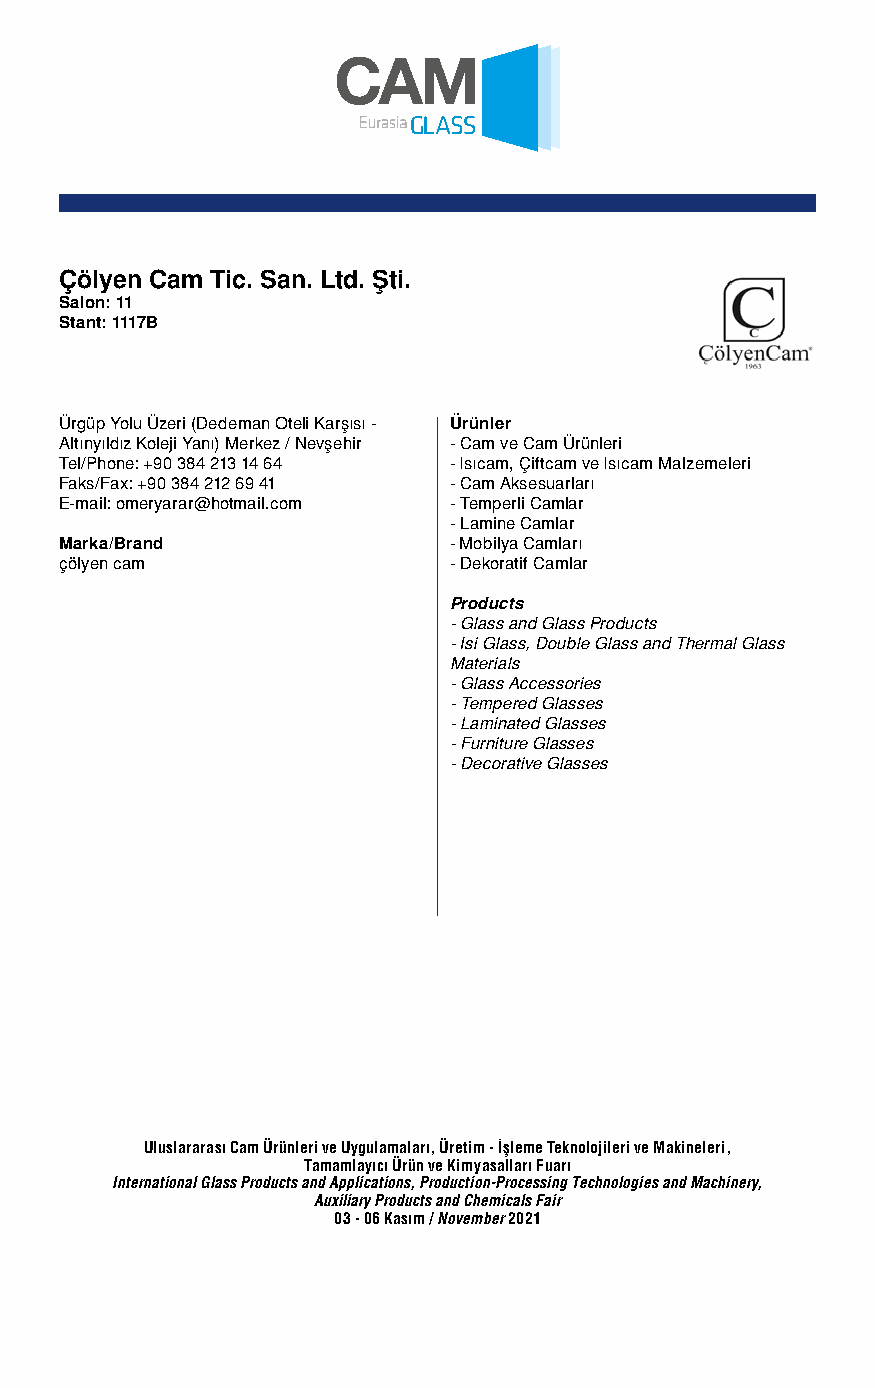
Çölyen Cam Tic. San. Ltd. Şti.
 Salon: 11
 Stant: 1117B
 Ürgüp Yolu Üzeri (Dedeman Oteli Karşısı - Ürünler
 Altınyıldız Koleji Yanı) Merkez / Nevşehir - Cam ve Cam Ürünleri
 Tel/Phone: +90 384 213 14 64 - Isıcam, Çiftcam ve Isıcam Malzemeleri
 Faks/Fax: +90 384 212 69 41 - Cam Aksesuarları
 E-mail: omeryarar@hotmail.com - Temperli Camlar
 - Lamine Camlar
 Marka/Brand               - Mobilya Camları
 çölyen cam                - Dekoratif Camlar
 Products
 - Glass and Glass Products
 - Isi Glass, Double Glass and Thermal Glass
 Materials
 - Glass Accessories
 - Tempered Glasses
 - Laminated Glasses
 - Furniture Glasses
 - Decorative Glasses
 Uluslararası Cam Ürünleri ve Uygulamaları, Üretim - İşleme Teknolojileri ve Makineleri,
 Tamamlayıcı Ürün ve Kimyasalları Fuarı
 International Glass Products and Applications, Production-Processing Technologies and Machinery,
 Auxiliary Products and Chemicals Fair
 03 - 06 Kasım / November 2021